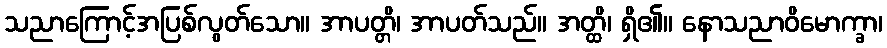
သညာကြောင့်အပြစ်လွတ်သော။ အာပတ္တိ၊ အာပတ်သည်။ အတ္ထိ၊ ရှိ၏။ နောသညာဝိမောက္ခာ၊